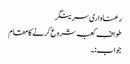
رعناواری سرینگر
طوافِ کعبہ شروع کرنے کا مقام
جواب:۔